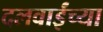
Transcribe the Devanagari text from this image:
दलवाईंच्या